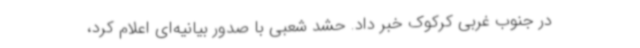
در جنوب غربی کرکوک خبر داد. حشد شعبی با صدور بیانیه‌ای اعلام کرد،